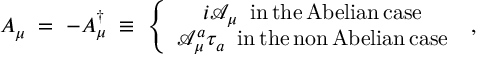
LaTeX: A _ { \mu } \; = \; - A _ { \mu } ^ { \dagger } \; \equiv \; \left\{ \begin{array} { c } { { i { \mathcal A } _ { \mu } \; \; \mathrm { i n \, t h e \, A b e l i a n \, c a s e } } } \\ { { { \mathcal A } _ { \mu } ^ { a } \tau _ { a } \; \; \mathrm { i n \, t h e \, n o n \, A b e l i a n \, c a s e } } } \end{array} \right. \; ,